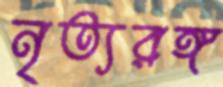
নৃত্যরঙ্গ